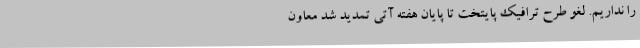
را نداریم. لغو طرح ترافیک پایتخت تا پایان هفته آتی تمدید شد معاون